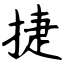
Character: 捷